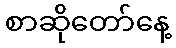
စာဆိုတော်နေ့